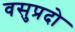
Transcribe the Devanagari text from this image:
वसुप्रदो